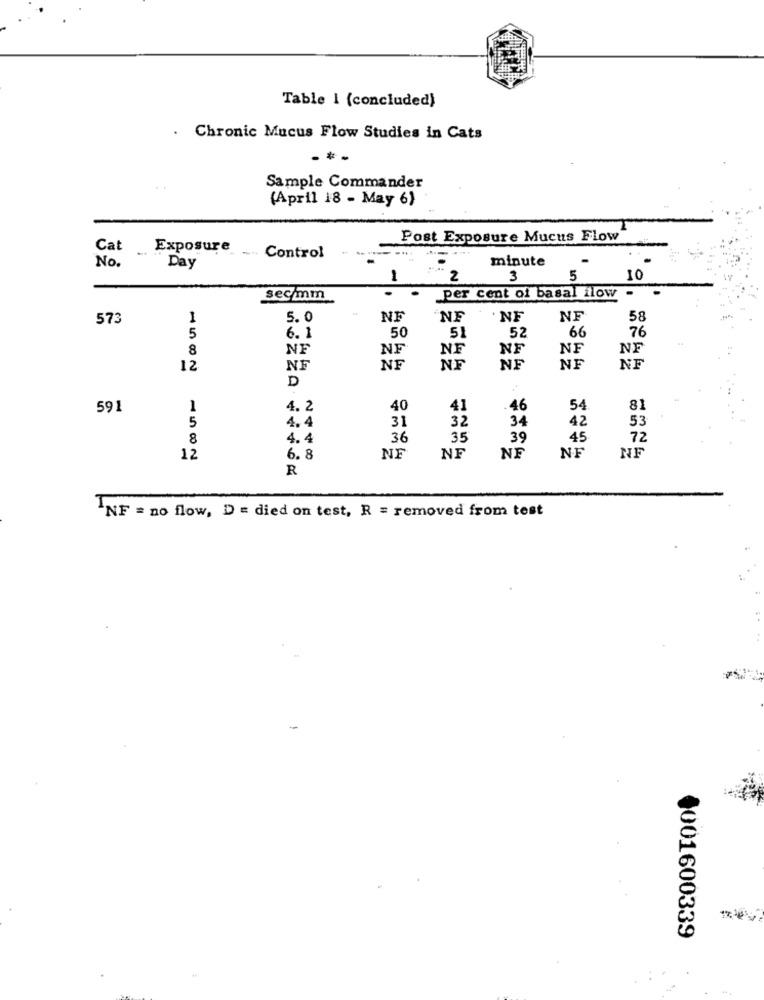
Table I (concluded)
. Chronic Mucus Flow Studies in Cats
Sample Commander
(April 18 - May 6)
Post Exposure Mucus Flow
Cat
No.
Exposure
Control
minute
Day
1
2
3
5
10
secmm
per cent of basal flow .
573
1
5.0
NE
NF
NE
NF
58
51
52
66
76
5
6.1
50
8
NF
NF
NF
NF
NF
NF
12
NF
NF
NF
NF
NF
NF
D
591
1
4.2
40
41
46
54
81
5
4.4
31
32
34
42
53
8
4.4
36
35
39
45
72
12
6.8
NE
NE
NE
NF
NF
R
INF = no flow, D = died on test, R = removed from test
0001600339